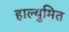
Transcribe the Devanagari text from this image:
हाल्युमित